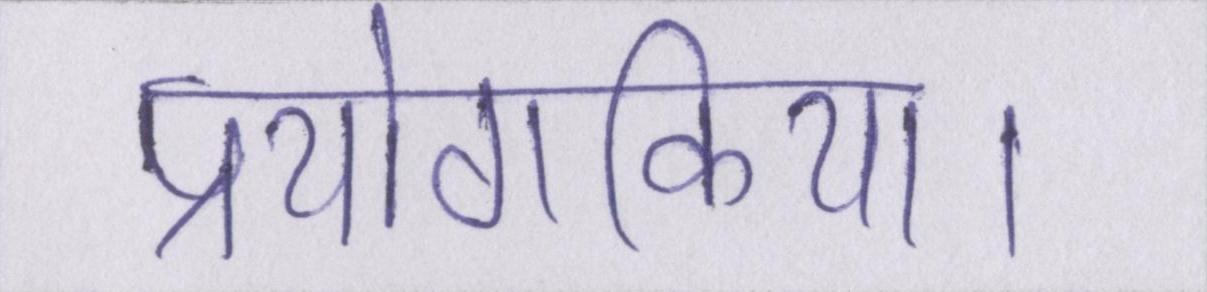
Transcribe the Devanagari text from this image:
प्रयोगकिया।